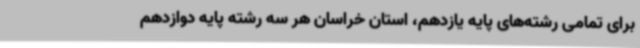
برای تمامی رشته‌های پایه یازدهم، استان خراسان هر سه رشته پایه دوازدهم